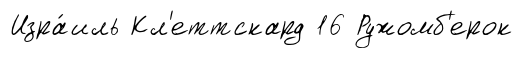
Изра́иль Кл'еттскард 16 Ружомб'ерок